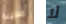
خطيبة لا